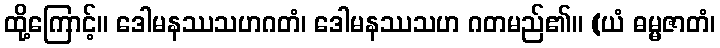
ထို့ကြောင့်။ ဒေါမနဿသဟဂတံ၊ ဒေါမနဿသဟ ဂတမည်၏။ (ယံ ဓမ္မဇာတံ၊